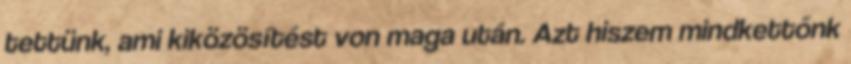
tettünk, ami kiközösítést von maga után. Azt hiszem mindkettőnk